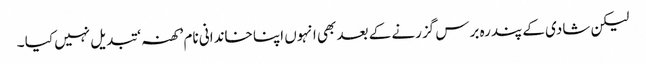
لیکن شادی کے پندرہ برس گزرنے کے بعد بھی انہوں اپنا خاندانی نام ’کھنہ ‘ تبدیل نہیں کیا ۔